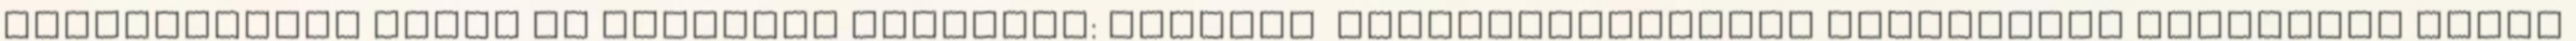
hasznosítása három fő pilléren nyugszik: múzeumi látogatóközponti fejlesztés közösségi terek